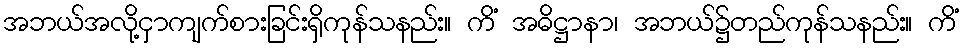
အဘယ်အလို့ငှာကျက်စားခြင်းရှိကုန်သနည်း။ ကိံ အဓိဋ္ဌာနာ၊ အဘယ်၌တည်ကုန်သနည်း။ ကိံ